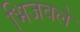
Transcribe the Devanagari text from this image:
भिजवले